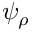
\psi _ { \rho }